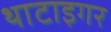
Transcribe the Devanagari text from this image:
थाटाइगर